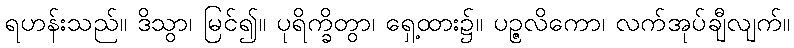
ရဟန်းသည်။ ဒိသွာ၊ မြင်၍။ ပုရိက္ခိတွာ၊ ရှေ့ထား၌။ ပဉ္ဇလိကော၊ လက်အုပ်ချီလျက်။